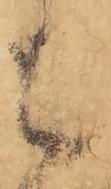
被